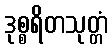
ဒုစ္စရိတသုတ္တံ